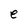
Character: e